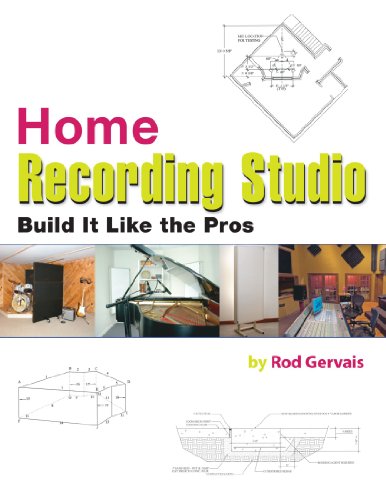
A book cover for Home Recording Studio  Build it Like the Pros; Rod Gervais; Computers & Technology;